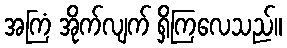
အကြံ အိုက်လျက် ရှိကြလေသည်။